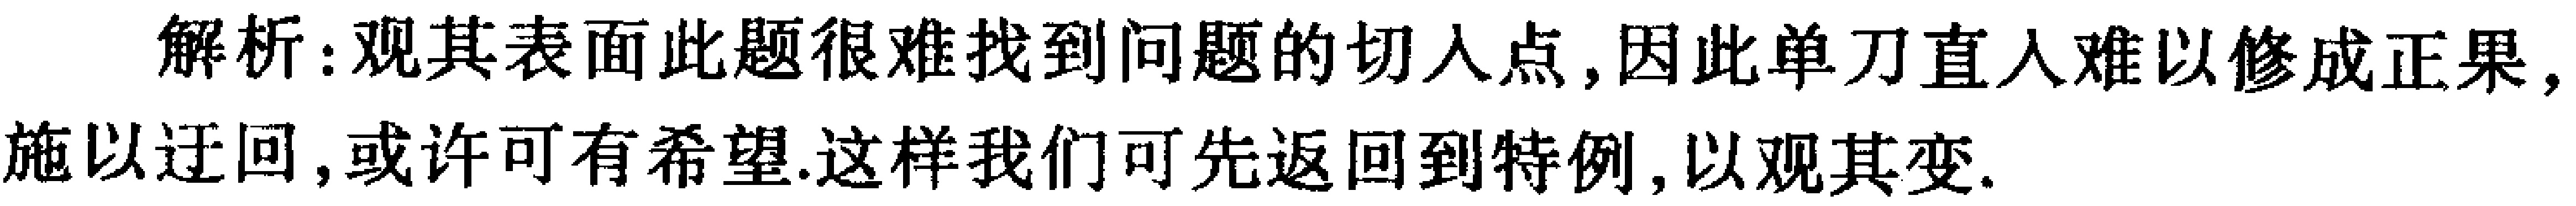
解析：观其表面此题很难找到问题的切入点,因此单刀直入难以修成正果,施以迂回,或许可有希望.这样我们可先返回到特例,以观其变.